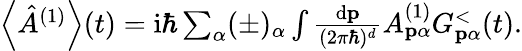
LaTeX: \begin{array}{r}{\left\langle\hat{A}^{(1)}\right\rangle(t)=\mathrm{i}\hbar\sum_{\alpha}(\pm)_{\alpha}\int\frac{\mathrm{d}\mathbf{p}}{(2\pi\hbar)^{d}}A_{\mathbf{p}\alpha}^{(1)}G_{\mathbf{p}\alpha}^{<}(t).}\end{array}